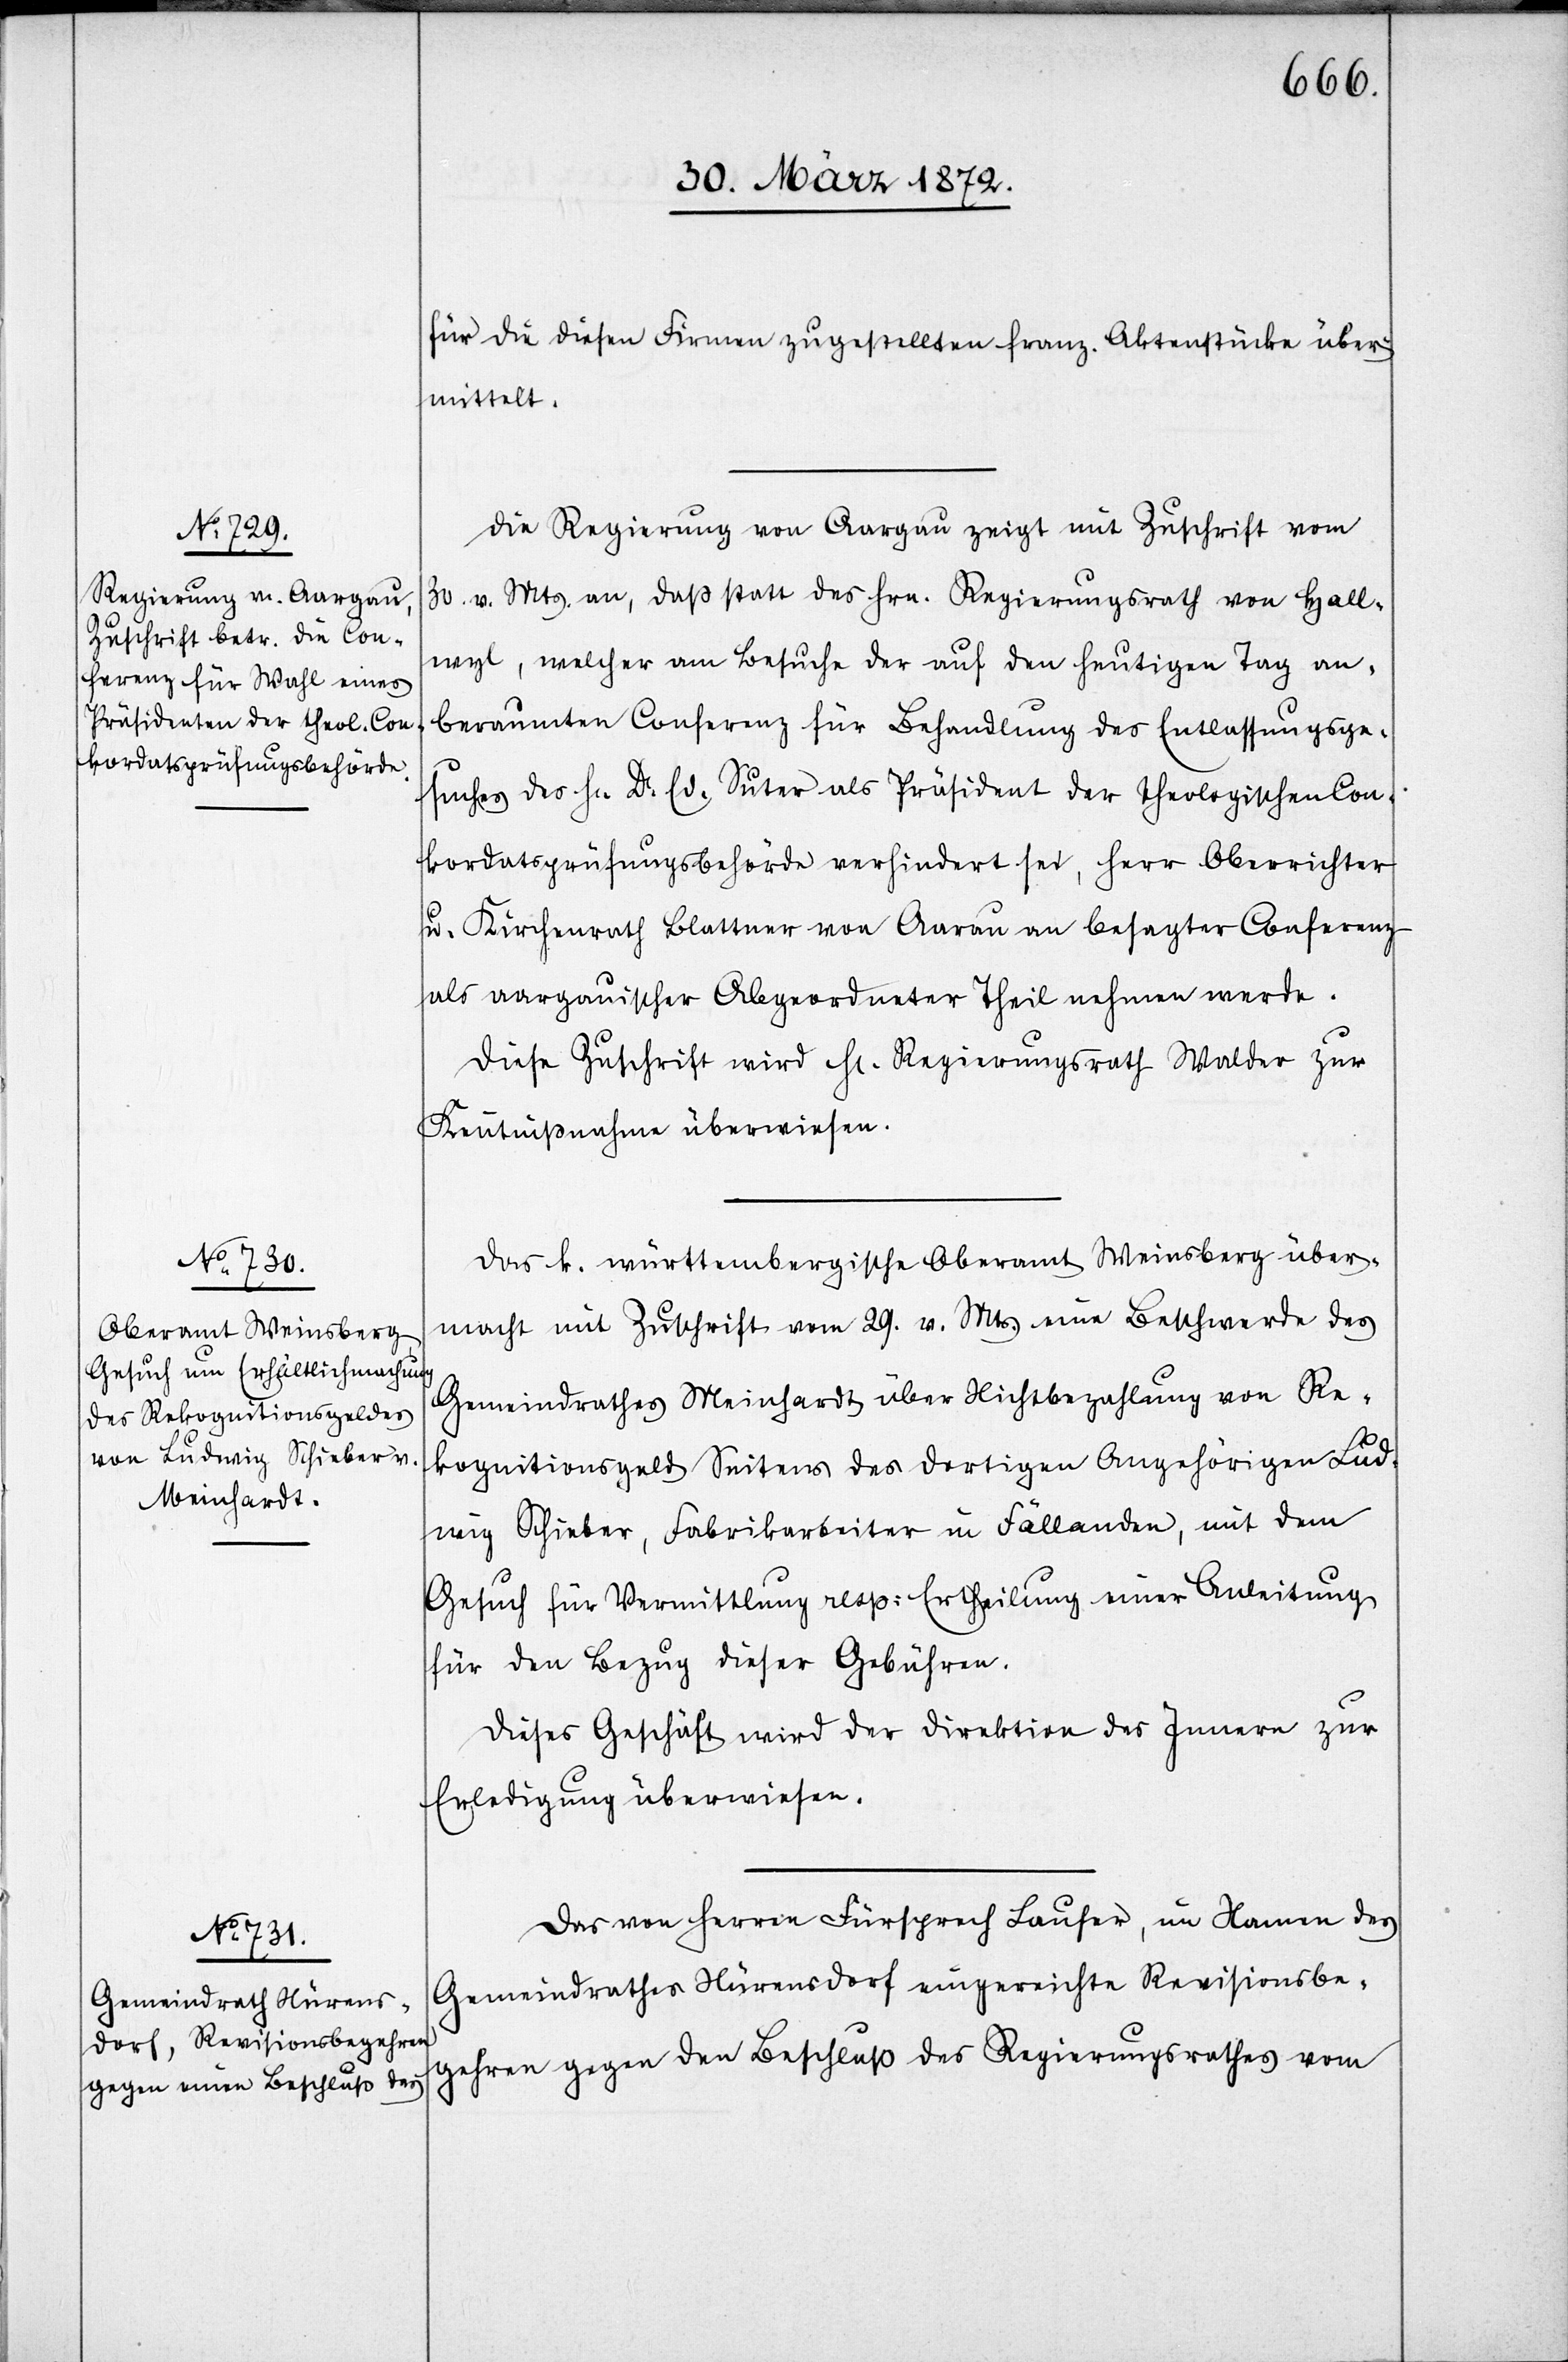
2.

für die diesen Firmen zugestellten franz. Aktenstücke über¬
mittelt.
Die Regierung von Aargau zeigt mit Zuschrift vom
30. v. Mts. an, daß statt des Hrn. Regierungsrath von Hall¬
wyl, welcher am Besuche der auf den heutigen Tag an¬
beraumten Conferenz für Behandlung des Entlassungsge¬
suches des Hr. Dr. Ed. Suter als Präsident der theologischen Con¬
kordatsprüfungsbehörde verhindert sei, Herr Oberrichter
u. Kirchenrath Blattner von Aarau an besagter Conferenz
als aargauischer Abgeordneter Theil nehmen werde.
Diese Zuschrift wird Hr. Regierungsrath Walder zur
Kenntnißnahme überwiesen.
Das k. württembergische Oberamt Weinsberg über¬
macht mit Zuschrift vom 29. v. Mts. eine Beschwerde des
Gemeindrathes Meinhardt über Nichtbezahlung von Re¬
kognitionsgeld Seitens des dortigen Angehörigen Lud¬
wig Schieber, Fabrikarbeiter in Fällanden, mit dem
Gesuch für Vermittlung resp: Ertheilung einer Anleitung
für den Bezug dieser Gebühren.
Dieses Geschäft wird der Direktion des Innern zur
Erledigung überwiesen.
Das von Herren Fürsprech Laufer, im Namen des
Gemeindrathes Nürensdorf eingereichte Revisionsbe¬
gehren gegen den Beschluß des Regierungsrathes vom